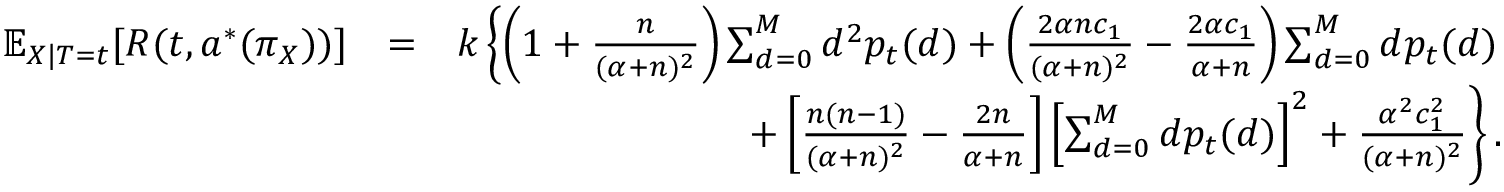
\begin{array} { r l r } { \mathbb { E } _ { X | T = t } [ R ( t , a ^ { * } ( \pi _ { X } ) ) ] } & { = } & { k \left\{ \left( 1 + \frac { n } { ( \alpha + n ) ^ { 2 } } \right) \sum _ { d = 0 } ^ { M } d ^ { 2 } p _ { t } ( d ) + \left( \frac { 2 \alpha n c _ { 1 } } { ( \alpha + n ) ^ { 2 } } - \frac { 2 \alpha c _ { 1 } } { \alpha + n } \right) \sum _ { d = 0 } ^ { M } d p _ { t } ( d ) \right. } \\ & { } & { \left. + \left[ \frac { n ( n - 1 ) } { ( \alpha + n ) ^ { 2 } } - \frac { 2 n } { \alpha + n } \right] \left[ \sum _ { d = 0 } ^ { M } d p _ { t } ( d ) \right] ^ { 2 } + \frac { \alpha ^ { 2 } c _ { 1 } ^ { 2 } } { ( \alpha + n ) ^ { 2 } } \right\} . } \end{array}